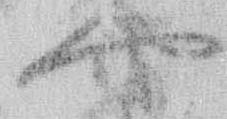
や